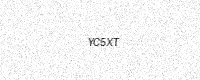
Text: YC5XT